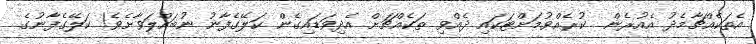
އެތަކެއްޗާމެދު އެއުރެން  ކުރެއްވުމަށްޓަކައި ދެއްވި ތަކެއްޗަށް އެދިވަޑައިގެން ކަލޭގެފާނު ނުބައްލަވާށެވެ! ކަލޭގެފާނުގެ